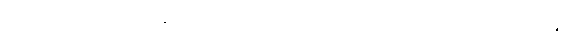
အရူပသမာပတ်၏ မနသိကာရအစီအရင်ကို မပြသော်လည်း အရိယမဂ်တို့၏